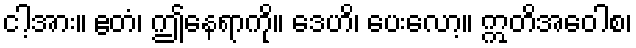
ငါ့အား။ ဧတံ၊ ဤနေရာကို။ ဒေဟိ၊ ပေးလော့။ ဣတိအဝေါစ၊